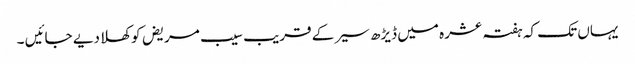
یہاں تک کہ ہفتہ عشرہ میں ڈیڑھ سیر کے قریب سیب مریض کو کھلا دیے جائیں ۔